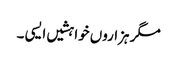
مگر ہزاروں خواہشیں ایسی ۔